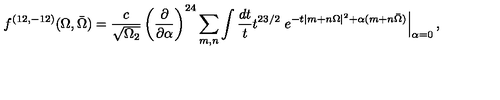
{ f ^ { ( 1 2 , - 1 2 ) } ( \Omega , \bar { \Omega } ) = { \frac { c } { \sqrt { \Omega _ { 2 } } } } \left( { \frac { \partial } { \partial \alpha } } \right) ^ { 2 4 } \sum _ { m , n } \int { \frac { d t } { t } } t ^ { 2 3 / 2 } \left. e ^ { - t | m + n \Omega | ^ { 2 } + \alpha ( m + n \bar { \Omega } ) } \right| _ { \alpha = 0 } , }